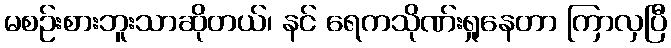
မစဉ်းစားဘူးသာဆိုတယ်၊ နင် ရေကသိုဏ်းရှုနေတာ ကြာလှပြီ